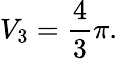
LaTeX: V_{3}={\frac{4}{3}}\pi.